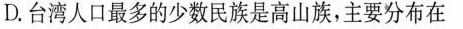
D.台湾人口最多的少数民族是高山族，主要分布在